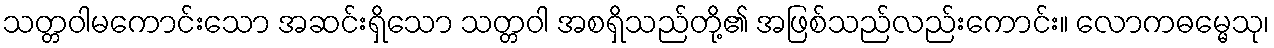
သတ္တဝါမကောင်းသော အဆင်းရှိသော သတ္တဝါ အစရှိသည်တို့၏ အဖြစ်သည်လည်းကောင်း။ လောကဓမ္မေသု၊